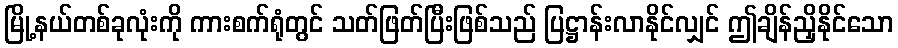
မြို့နယ်တစ်ခုလုံးကို ကားစက်ရုံတွင် သတ်ဖြတ်ပြီးဖြစ်သည် ပြဋ္ဌာန်းလာနိုင်လျှင် ဤချိန်ညှိနိုင်သော